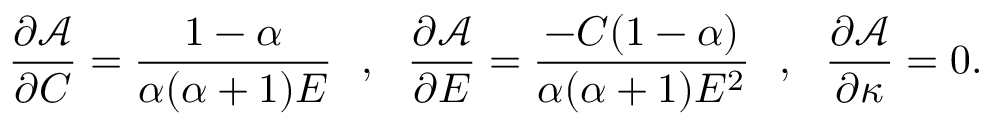
\frac { \partial \mathcal { A } } { \partial C } = \frac { 1 - \alpha } { \alpha ( \alpha + 1 ) E } ~ ~ , ~ ~ \frac { \partial \mathcal { A } } { \partial E } = \frac { - C ( 1 - \alpha ) } { \alpha ( \alpha + 1 ) E ^ { 2 } } ~ ~ , ~ ~ \frac { \partial \mathcal { A } } { \partial \kappa } = 0 .